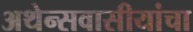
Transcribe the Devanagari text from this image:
अथेन्सवासीयांचा